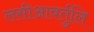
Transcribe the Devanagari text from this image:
लसीआवर्तुलि